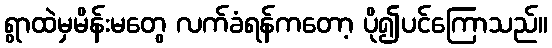
ရွာထဲမှမိန်းမတွေ လက်ခံရန်ကတော့ ပို၍ပင်ကြောသည်။